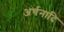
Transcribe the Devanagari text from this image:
अर्चनादि